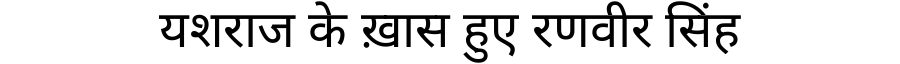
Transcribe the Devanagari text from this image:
यशराज के ख़ास हुए रणवीर सिंह